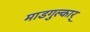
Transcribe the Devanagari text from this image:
माडगुल्कार्